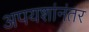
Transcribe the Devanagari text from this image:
अपयशांनंतर